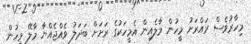
މިހާރުވެސް ރައްރަށު މީހުން މާލެއިން އެމީހަކުގެ ރަށަށް ބަދަލު ވެއްޖެއްޔާ މާލޭ މީހުން